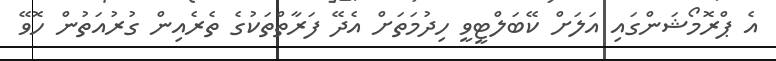
އެ ޕްރޮމޯޝަންގައި އަލަށް ކޭބަލްޓީވީ ހިދުމަތަށް އެދޭ ފަރާތްތަކުގެ ތެރެއިން ގުރުއަތުން ހޮވޭ